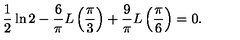
\frac { 1 } { 2 } \ln 2 - \frac { 6 } { \pi } L \left( \frac { \pi } { 3 } \right) + \frac { 9 } { \pi } L \left( \frac { \pi } { 6 } \right) = 0 .